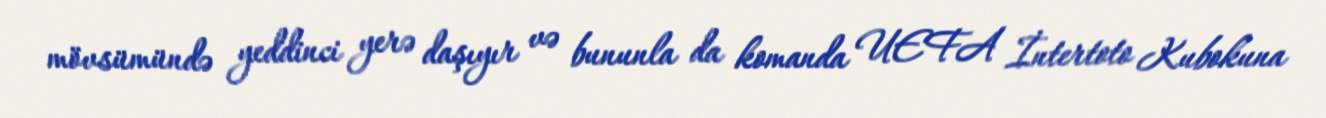
mövsümündə yeddinci yerə daşıyır və bununla da komanda UEFA İntertoto Kubokuna